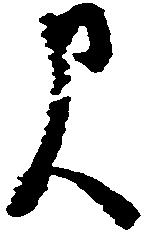
尺